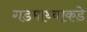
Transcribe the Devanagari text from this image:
गडमाथ्याकडे